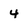
Character: 4